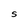
Character: S